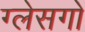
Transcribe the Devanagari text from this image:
ग्लेसगो